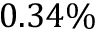
0 . 3 4 \%